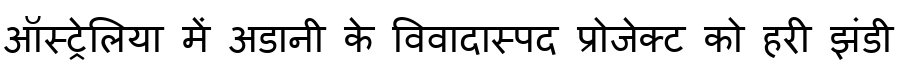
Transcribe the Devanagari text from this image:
ऑस्ट्रेलिया में अडानी के विवादास्पद प्रोजेक्ट को हरी झंडी